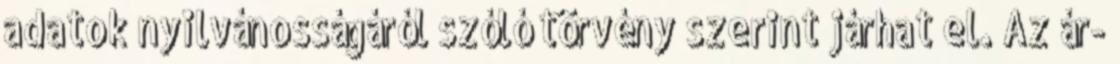
adatok nyilvánosságáról szóló törvény szerint járhat el. Az ár-